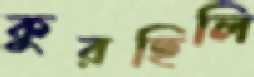
কুরছিলি